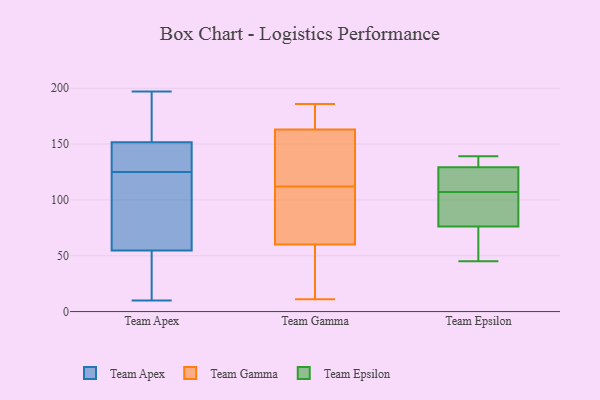
{"axis": {"x": "Demand Index", "y": "Value"}, "legend": ["Team Apex", "Team Epsilon", "Team Gamma"], "data": [{"x": "", "y": 148, "type": "Team Apex"}, {"x": "", "y": 197, "type": "Team Apex"}, {"x": "", "y": 140, "type": "Team Apex"}, {"x": "", "y": 97, "type": "Team Apex"}, {"x": "", "y": 100, "type": "Team Apex"}, {"x": "", "y": 45, "type": "Team Apex"}, {"x": "", "y": 10, "type": "Team Apex"}, {"x": "", "y": 169, "type": "Team Apex"}, {"x": "", "y": 127, "type": "Team Apex"}, {"x": "", "y": 165, "type": "Team Apex"}, {"x": "", "y": 58, "type": "Team Apex"}, {"x": "", "y": 119, "type": "Team Apex"}, {"x": "", "y": 125, "type": "Team Apex"}, {"x": "", "y": 41, "type": "Team Apex"}, {"x": "", "y": 41, "type": "Team Apex"}, {"x": "", "y": 139, "type": "Team Apex"}, {"x": "", "y": 163, "type": "Team Apex"}, {"x": "", "y": 90, "type": "Team Gamma"}, {"x": "", "y": 186, "type": "Team Gamma"}, {"x": "", "y": 60, "type": "Team Gamma"}, {"x": "", "y": 163, "type": "Team Gamma"}, {"x": "", "y": 87, "type": "Team Gamma"}, {"x": "", "y": 11, "type": "Team Gamma"}, {"x": "", "y": 134, "type": "Team Gamma"}, {"x": "", "y": 137, "type": "Team Gamma"}, {"x": "", "y": 169, "type": "Team Gamma"}, {"x": "", "y": 22, "type": "Team Gamma"}, {"x": "", "y": 133, "type": "Team Epsilon"}, {"x": "", "y": 128, "type": "Team Epsilon"}, {"x": "", "y": 107, "type": "Team Epsilon"}, {"x": "", "y": 86, "type": "Team Epsilon"}, {"x": "", "y": 123, "type": "Team Epsilon"}, {"x": "", "y": 71, "type": "Team Epsilon"}, {"x": "", "y": 139, "type": "Team Epsilon"}, {"x": "", "y": 130, "type": "Team Epsilon"}, {"x": "", "y": 78, "type": "Team Epsilon"}, {"x": "", "y": 60, "type": "Team Epsilon"}, {"x": "", "y": 129, "type": "Team Epsilon"}, {"x": "", "y": 98, "type": "Team Epsilon"}, {"x": "", "y": 45, "type": "Team Epsilon"}]}